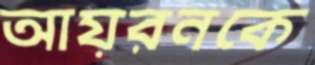
আয়রনকে